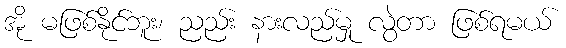
အို မဖြစ်နိုင်ဘူး၊ ညည်း နားလည်မှု လွဲတာ ဖြစ်ရမယ်